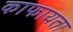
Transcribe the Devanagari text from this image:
काफायता